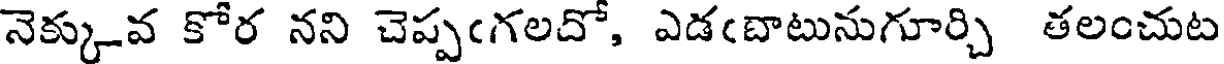
నెక్కువ కోర నని చెప్పఁగలదో, ఎడఁదాటునుగూర్చి తలంచుట